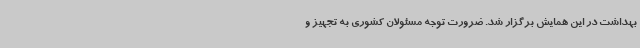
بهداشت در این همایش برگزار شد. ضرورت توجه مسئولان کشوری به تجهیز و